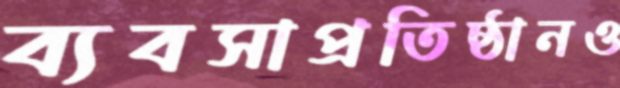
ব্যবসাপ্রতিষ্ঠানও